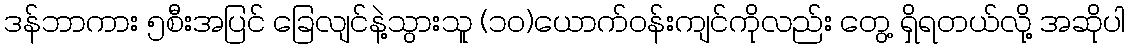
ဒန်ဘာကား ၅စီးအပြင် ခြေလျင်နဲ့သွားသူ (၁၀)ယောက်ဝန်းကျင်ကိုလည်း တွေ့ ရှိရတယ်လို့ အဆိုပါ